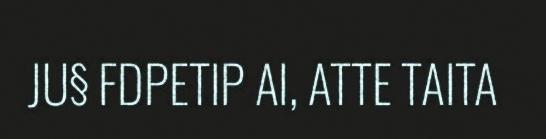
JU§ FDPETIP AI, ATTE TAITA